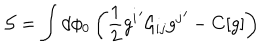
LaTeX: { \cal S } = \int d \phi _ { 0 } \left( \frac { 1 } { 2 } { g ^ { i } } ^ { \prime } { \cal G } _ { i j } { g ^ { j } } ^ { \prime } - C [ g ] \right)